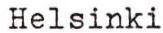
Helsinki